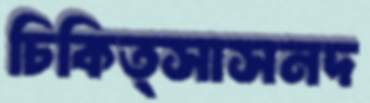
চিকিত্সাসনদ